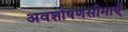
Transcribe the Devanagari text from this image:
अवशोषणसीमाएँ